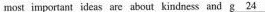
most important ideas are about kindness and \underline{g 24}